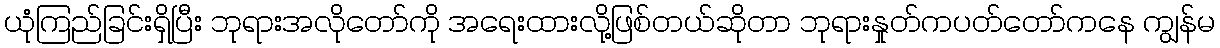
ယုံကြည်ခြင်းရှိပြီး ဘုရားအလိုတော်ကို အရေးထားလို့ဖြစ်တယ်ဆိုတာ ဘုရားနှုတ်ကပတ်တော်ကနေ ကျွန်မ